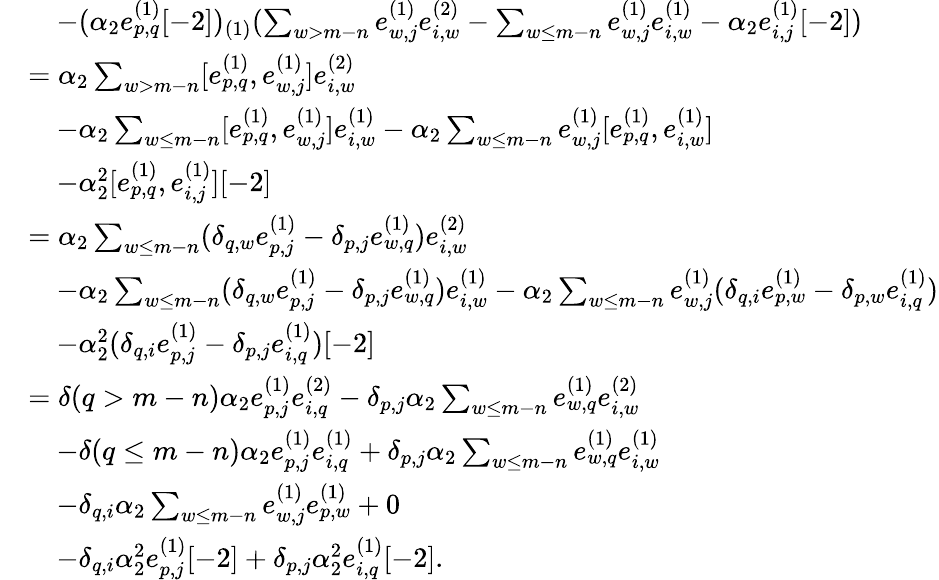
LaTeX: \begin{array}{rl}&{\quad-(\alpha_{2}e_{p,q}^{(1)}[-2])_{(1)}(\sum_{w>m-n}e_{w,j}^{(1)}e_{i,w}^{(2)}-\sum_{w\leq m-n}e_{w,j}^{(1)}e_{i,w}^{(1)}-\alpha_{2}e_{i,j}^{(1)}[-2])}\\ &{=\alpha_{2}\sum_{w>m-n}[e_{p,q}^{(1)},e_{w,j}^{(1)}]e_{i,w}^{(2)}}\\ &{\quad-\alpha_{2}\sum_{w\leq m-n}[e_{p,q}^{(1)},e_{w,j}^{(1)}]e_{i,w}^{(1)}-\alpha_{2}\sum_{w\leq m-n}e_{w,j}^{(1)}[e_{p,q}^{(1)},e_{i,w}^{(1)}]}\\ &{\quad-\alpha_{2}^{2}[e_{p,q}^{(1)},e_{i,j}^{(1)}][-2]}\\ &{=\alpha_{2}\sum_{w\leq m-n}(\delta_{q,w}e_{p,j}^{(1)}-\delta_{p,j}e_{w,q}^{(1)})e_{i,w}^{(2)}}\\ &{\quad-\alpha_{2}\sum_{w\leq m-n}(\delta_{q,w}e_{p,j}^{(1)}-\delta_{p,j}e_{w,q}^{(1)})e_{i,w}^{(1)}-\alpha_{2}\sum_{w\leq m-n}e_{w,j}^{(1)}(\delta_{q,i}e_{p,w}^{(1)}-\delta_{p,w}e_{i,q}^{(1)})}\\ &{\quad-\alpha_{2}^{2}(\delta_{q,i}e_{p,j}^{(1)}-\delta_{p,j}e_{i,q}^{(1)})[-2]}\\ &{=\delta(q>m-n)\alpha_{2}e_{p,j}^{(1)}e_{i,q}^{(2)}-\delta_{p,j}\alpha_{2}\sum_{w\leq m-n}e_{w,q}^{(1)}e_{i,w}^{(2)}}\\ &{\quad-\delta(q\leq m-n)\alpha_{2}e_{p,j}^{(1)}e_{i,q}^{(1)}+\delta_{p,j}\alpha_{2}\sum_{w\leq m-n}e_{w,q}^{(1)}e_{i,w}^{(1)}}\\ &{\quad-\delta_{q,i}\alpha_{2}\sum_{w\leq m-n}e_{w,j}^{(1)}e_{p,w}^{(1)}+0}\\ &{\quad-\delta_{q,i}\alpha_{2}^{2}e_{p,j}^{(1)}[-2]+\delta_{p,j}\alpha_{2}^{2}e_{i,q}^{(1)}[-2].}\end{array}